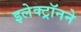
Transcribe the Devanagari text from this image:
इलेक्ट्रॉनने